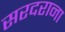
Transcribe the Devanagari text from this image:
सरदराना